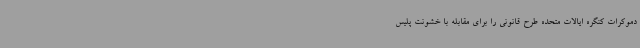
دموکرات کنگره ایالات متحده طرح قانونی را برای مقابله با خشونت پلیس